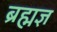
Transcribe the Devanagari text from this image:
ब्रह्मज्ञ